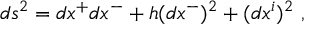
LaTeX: d s ^ { 2 } = d x ^ { + } d x ^ { - } + h ( d x ^ { - } ) ^ { 2 } + ( d x ^ { i } ) ^ { 2 } ~ ,